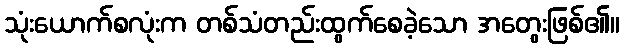
သုံးယောက်စလုံးက တစ်သံတည်းထွက်စေခဲ့သော အတွေးဖြစ်၏။